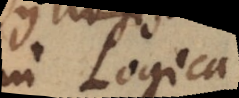
in Logica